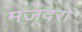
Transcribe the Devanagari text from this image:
मजूदरों